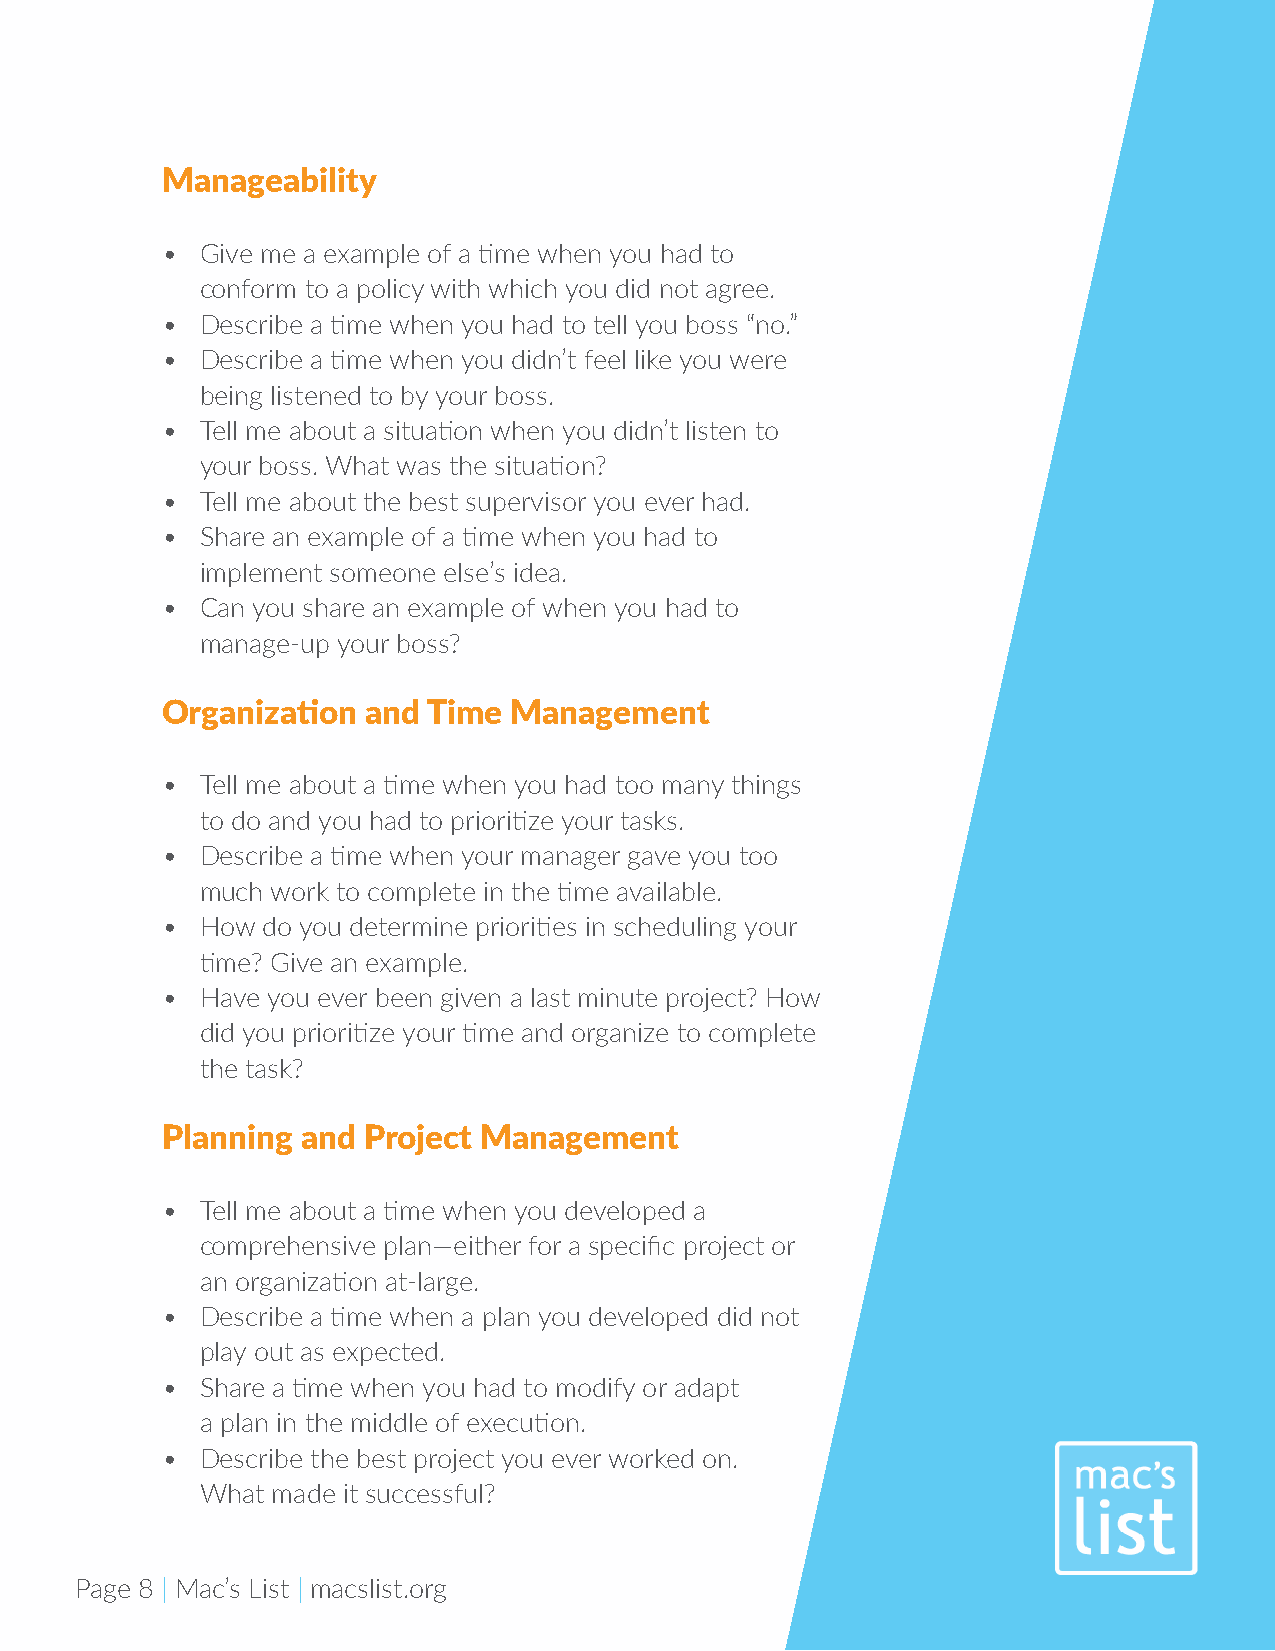
Manageability
 • Give me a example of a time when you had to
 conform to a policy with which you did not agree.
 • Describe a time when you had to tell you boss “no.”
 • Describe a time when you didn’t feel like you were
 being listened to by your boss.
 • Tell me about a situation when you didn’t listen to
 your boss. What was the situation?
 • Tell me about the best supervisor you ever had.
 • Share an example of a time when you had to
 implement someone else’s idea.
 • Can you share an example of when you had to
 manage-up your boss?
 Organization and Time  Management
 • Tell me about a time when you had too many things
 to do and you had to prioritize your tasks.
 • Describe a time when your manager gave you too
 much work to complete in the time available.
 • How do you determine priorities in scheduling your
 time? Give an example.
 • Have you ever been given a last minute project? How
 did you prioritize your time and organize to complete
 the task?
 Planning and Project Management
 • Tell me about a time when you developed a
 comprehensive plan—either for a specific project or
 an organization at-large.
 • Describe a time when a plan you developed did not
 play out as expected.
 • Share a time when you had to modify or adapt
 a plan in the middle of execution.
 • Describe the best project you ever worked on.
 What made it successful?
 Page 8 | Mac’s List | macslist.org